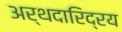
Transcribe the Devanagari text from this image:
अर्थदारिद्रय